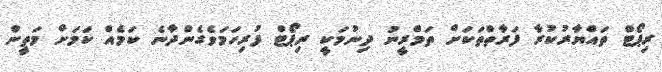
ރިޕޯޓް ތައްޔާރުކުރާ ފަރާތްތަކަށް ތަމްރީނު ދިނުމަކީ ރިޕޯޓް ފުރިހަމަވެގެންދާނެ ކަމެއް ކަމަށް މަތީން